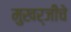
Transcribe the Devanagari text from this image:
मुखर्जीचे